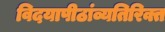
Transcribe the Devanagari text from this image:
विदयापीठांव्यतिरिक्त